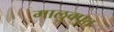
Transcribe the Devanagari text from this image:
मालुक्पुत्त